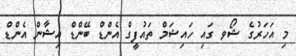
މި އަހަރުގެ ޝޯވ ގައި ހައިޝަމް ތައުފީގް އެންޑް ބޭންޑް އިޝާން އެންޑް